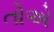
તોએ